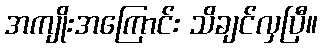
အကျိုးအကြောင်း သိချင်လှပြီ။